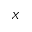
X